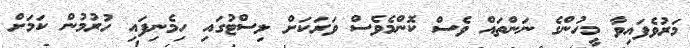
މަރުވެފައިވާ މީހުންގެ ނަންތައް ވެސް ކޮންމެވެސް ވަރަކަށް ލިސްޓުގައި ހިމެނިފައި ހުރުމުން ކަމަށް